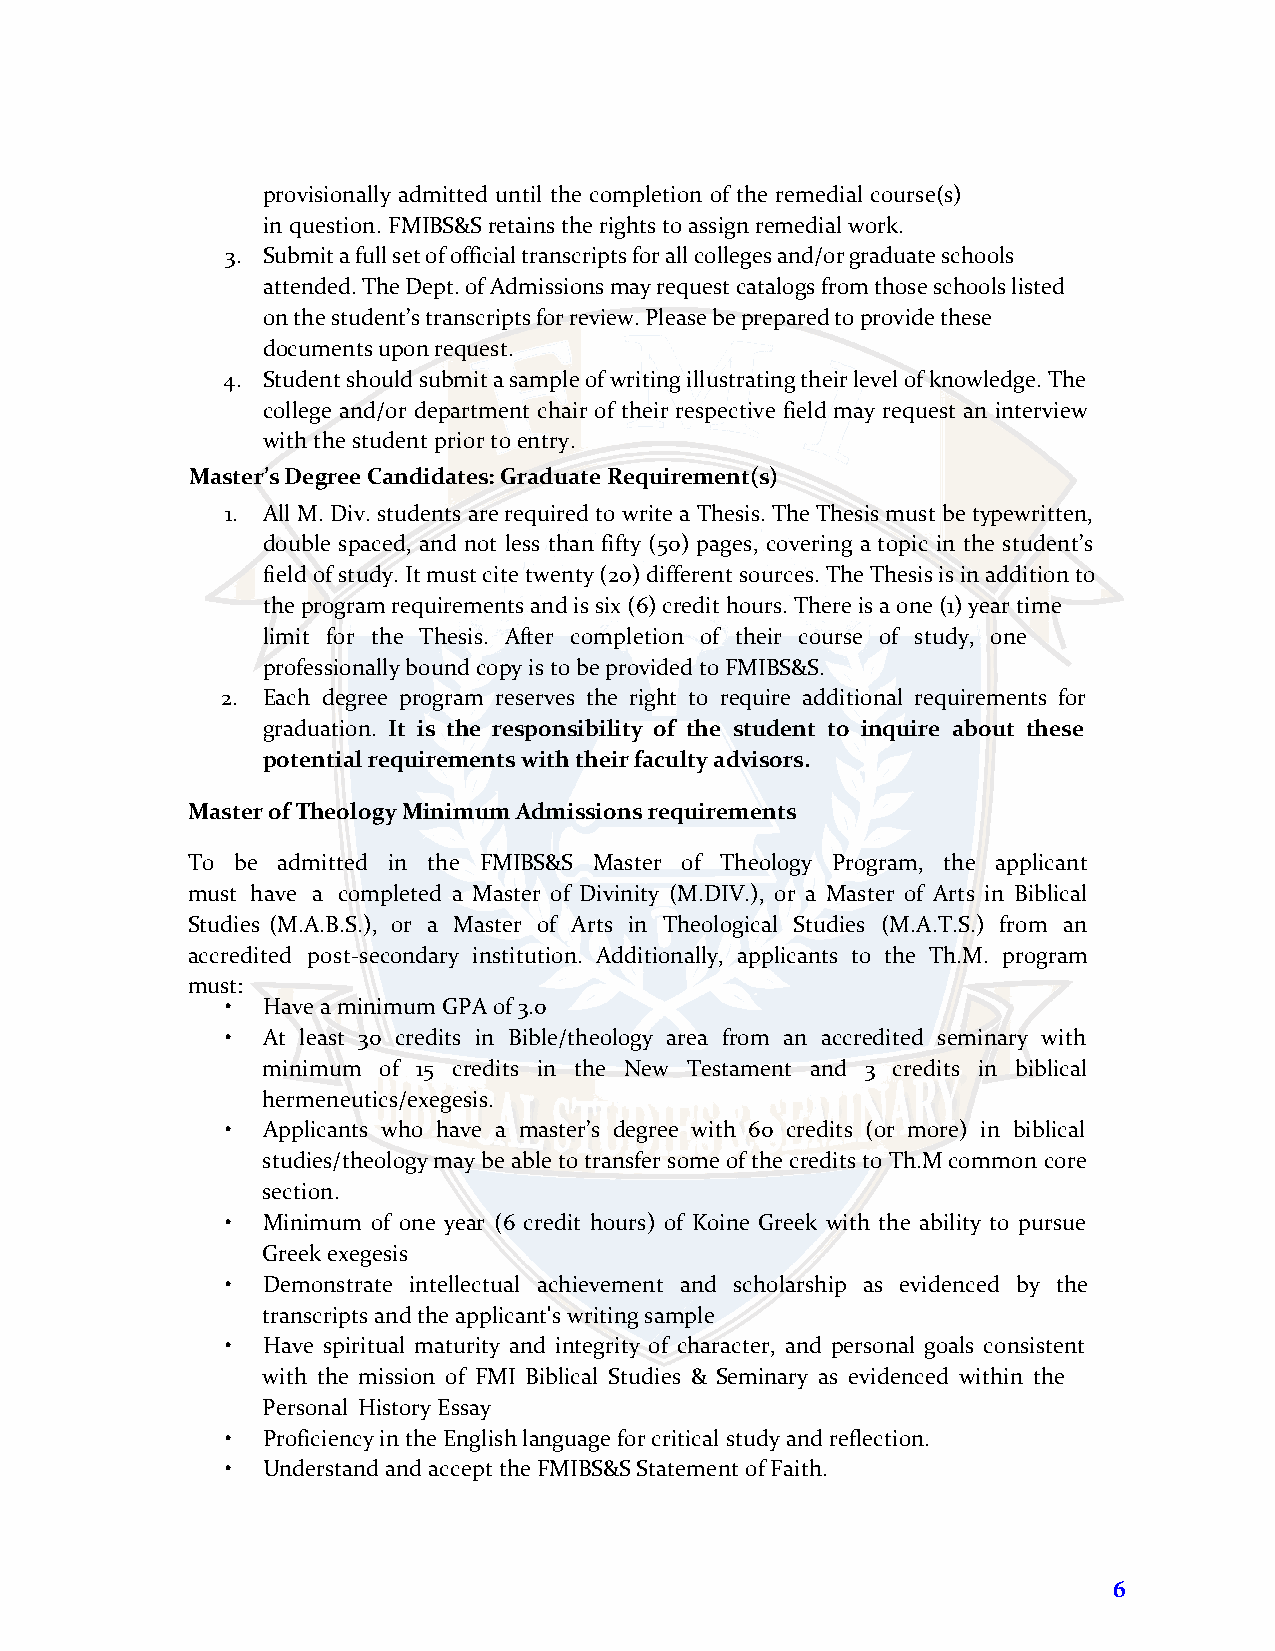
provisionally admitted until the completion of the remedial course(s)
 in question. FMIBS&S retains the rights to assign remedial work.
 3. Submit a full set of official transcripts for all colleges and/or graduate schools
 attended. The Dept. of Admissions may request catalogs from those schools listed
 on the student’s transcripts for review. Please be prepared to provide these
 documents upon request.
 4. Student should submit a sample of writing illustrating their level of knowledge. The
 college and/or department chair of their respective field may request an interview
 with the student prior to entry.
 Master’s Degree Candidates: Graduate Requirement(s)
 1. All M. Div. students are required to write a Thesis. The Thesis must be typewritten,
 double spaced, and not less than fifty (50) pages, covering a topic in the student’s
 field of study. It must cite twenty (20) different sources. The Thesis is in addition to
 the program requirements and is six (6) credit hours. There is a one (1) year time
 limit for the Thesis. After completion of their course of study, one
 professionally bound copy is to be provided to FMIBS&S.
 2. Each degree program reserves the right to require additional requirements for
 graduation. It is the responsibility of the student to inquire about these
 potential requirements with their faculty advisors.
 Master of Theology Minimum Admissions requirements
 To be admitted in the FMIBS&S Master of Theology Program, the applicant
 must have a completed a Master of Divinity (M.DIV.), or a Master of Arts in Biblical
 Studies (M.A.B.S.), or a Master of Arts in Theological Studies (M.A.T.S.) from an
 accredited post-secondary institution. Additionally, applicants to the Th.M. program
 must:
 • Have a minimum GPA of 3.0
 • At least 30 credits in Bible/theology area from an accredited seminary with
 minimum of 15 credits in the New Testament and 3 credits in biblical
 hermeneutics/exegesis.
 • Applicants who have a master’s degree with 60 credits (or more) in biblical
 studies/theology may be able to transfer some of the credits to Th.M common core
 section.
 • Minimum of one year (6 credit hours) of Koine Greek with the ability to pursue
 Greek exegesis
 • Demonstrate intellectual achievement and scholarship as evidenced by the
 transcripts and the applicant's writing sample
 • Have spiritual maturity and integrity of character, and personal goals consistent
 with the mission of FMI Biblical Studies & Seminary as evidenced within the
 Personal History Essay
 • Proficiency in the English language for critical study and reflection.
 • Understand and accept the FMIBS&S Statement of Faith.
 6